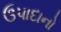
ઉપાદાનો